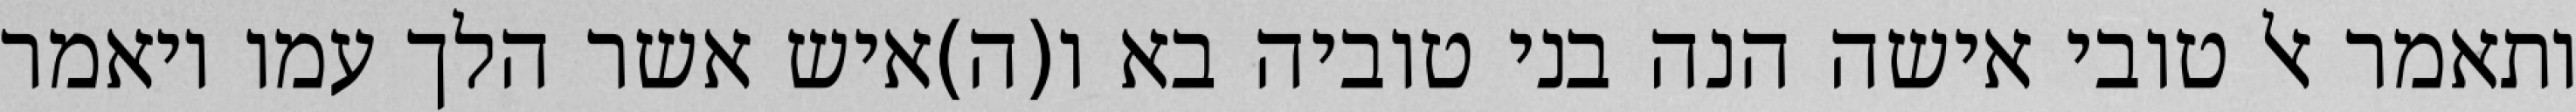
ותאמר אל טובי אישה הנה בני טוביה בא ו(ה)איש אשר הלך עמו ויאמר